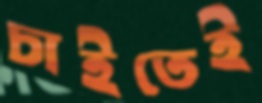
চাইতেই